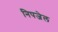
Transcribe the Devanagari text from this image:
निपजेल